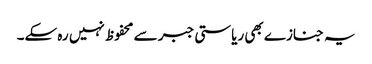
یہ جنازے بھی ریاستی جبر سے محفوظ نہیں رہ سکے۔